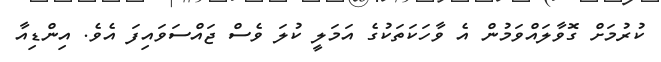
ކުރުމަށް ގޮވާލައްވަމުން އެ ވާހަކަތަކުގެ އަމަލީ ކުލަ ވެސް ޖައްސަވައިފަ އެވެ. އިންޑިއާ